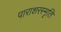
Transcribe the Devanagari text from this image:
पाराशरस्मृति